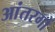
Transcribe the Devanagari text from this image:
आंतरगों